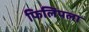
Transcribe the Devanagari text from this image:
फिलिपला